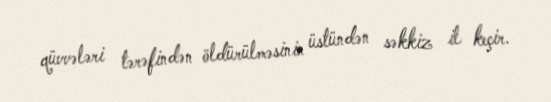
qüvvələri tərəfindən öldürülməsinin üstündən səkkiz il keçir.